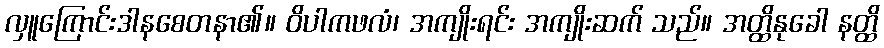
လှူကြောင်းဒါနစေတနာ၏။ ဝိပါကဖလံ၊ အကျိုးရင်း အကျိုးဆက် သည်။ အတ္ထိနုခေါ နတ္ထိ